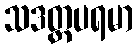
သဒတ္ထပရမာ